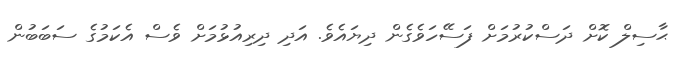
ޙާސިލް ކޮށް ދަސްކުރުމަށް ފަސޭހަވެގެން ދިޔައެވެ. އަދި ދިރިއުޅުމަށް ވެސް އެކަމުގެ ސަބަބުން